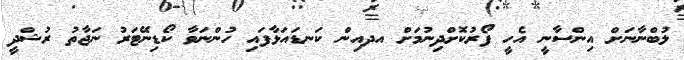
ލުބްނާނަށް އިންސާނީ އެހީ ފޯރުކޮށްދިނުމަށް އދއިން ކަނޑައަޅާފައި ހުންނަވާ ކޯޑިނޭޓަރު ނަޖާތު ރުޝްދީ